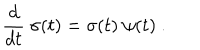
{ \frac { d } { d t } } \ \sigma ( t ) = \sigma ( t ) \ \psi ( t ) \ .